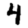
Digit: 4